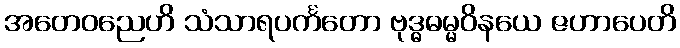
အတေဝညေဟိ သံသာရပင်္ကတော ဗုဒ္ဓဓမ္မဝိနယေ ဇဟာပေတိ